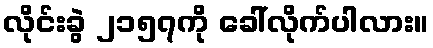
လိုင်းခွဲ ၂၁၅၇ကို ခေါ်လိုက်ပါလား။